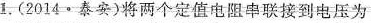
1.(2014·泰安)将两个定值电阻串联接到电压为